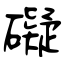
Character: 礙